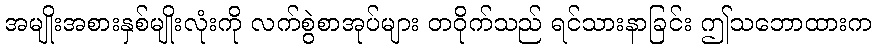
အမျိုးအစားနှစ်မျိုးလုံးကို လက်စွဲစာအုပ်များ တဝိုက်သည် ရင်သားနာခြင်း ဤသဘောထားက